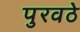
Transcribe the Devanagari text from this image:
पुरवठे